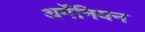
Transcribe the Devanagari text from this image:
अर्मेनियन